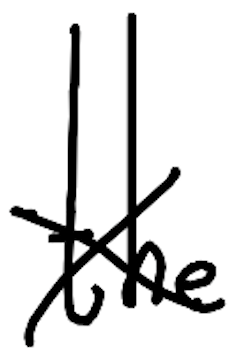
Text: the
Cross-out: cross
Writing tool: digital_black